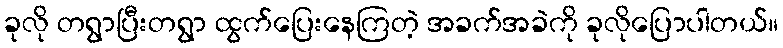
ခုလို တရွာပြီးတရွာ ထွက်ပြေးနေကြတဲ့ အခက်အခဲကို ခုလိုပြောပါတယ်။